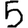
Digit: 5